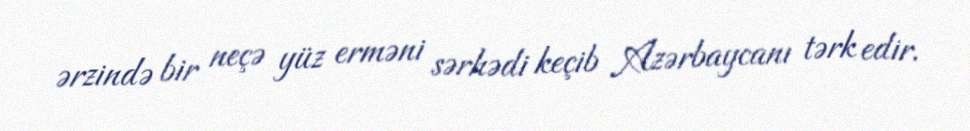
ərzində bir neçə yüz erməni sərhədi keçib Azərbaycanı tərk edir.